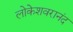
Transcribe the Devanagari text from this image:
लोकेशवरानंद